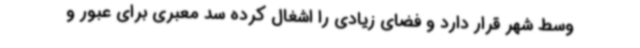
وسط شهر قرار دارد و فضای زیادی را اشغال کرده سد معبری برای عبور و